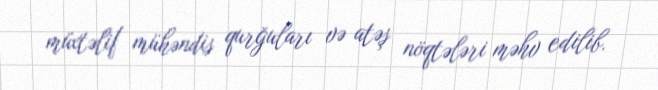
müxtəlif mühəndis qurğuları və atəş nöqtələri məhv edilib.